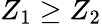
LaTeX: Z_{1}\geq Z_{2}